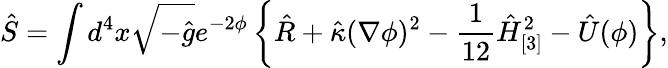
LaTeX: \hat{S}=\int d^{4}x\sqrt{-\hat{g}}e^{-2\phi}\left\{ \hat{R}+\hat{\kappa}(\nabla\phi)^{2}-\frac 1{12}\hat{H}_{[3]}^{2}-\hat{U}(\phi)\right\} ,